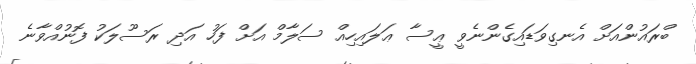
ބްރައުންއަށް އެނގިވަޑައިގެންނެވީ ޢީސާ ޢަލައިހިއް ސަލާމް އަށް ފަހު އަދި ރަސޫލަކު ފޮނުއްވާނެ